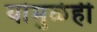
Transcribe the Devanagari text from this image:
यांमुळेही